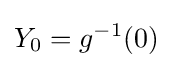
Y_{0}=g^{-1}(0)